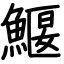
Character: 鰋